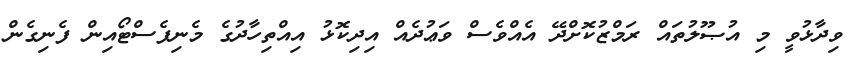
ވިދާޅުވީ މި އުޞޫލުތައް ރަމްޒުކޮށްދޭ އެއްވެސް ވަޢުދެއް އިދިކޮޅު އިއްތިހާދުގެ މެނިފެސްޓޯއިން ފެނިގެން